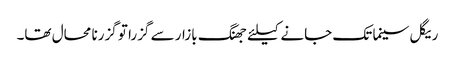
ریگل سینما تک جانے کیلئے جھنگ بازار سے گزرا تو گزرنا محال تھا۔